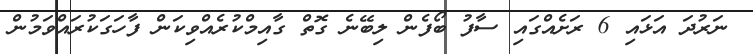
ނަރުދަ އަޅައި 6 ރަށެއްގައި ސާފު ބޯފެން ލިބޭނެ ގޮތް ގާއިމްކުރެއްވިކަން ފާހަގަކުރައްވަމުން